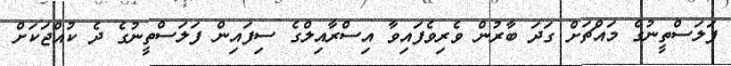
ފަލަސްތީނުގެ މައްޗަށް ގަދަ ބާރުން ވެރިވެފައިވާ އިސްރާއިލްގެ ސިފައިން ފަލަސްތީނުގެ ދެ ކުއްޖަކަށް